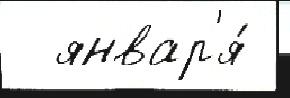
  январ'я́